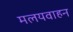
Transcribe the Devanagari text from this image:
मलयवाहन